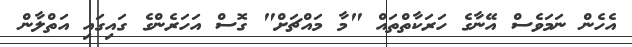
އެހެން ނަމަވެސް އޭނާގެ ހަރަކާތްތައް "މާ މައްޗަށް" ގޮސް އަހަރެންގެ ގައިގައި އަތްލާން